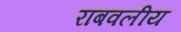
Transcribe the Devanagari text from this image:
राबवलीय